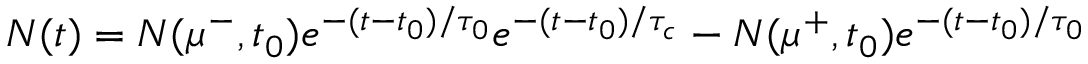
N ( t ) = N ( \mu ^ { - } , t _ { 0 } ) e ^ { - ( t - t _ { 0 } ) / \tau _ { 0 } } e ^ { - ( t - t _ { 0 } ) / \tau _ { c } } - N ( \mu ^ { + } , t _ { 0 } ) e ^ { - ( t - t _ { 0 } ) / \tau _ { 0 } }